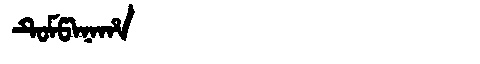
Manchu: ᡨᡠᠮᡦᠠᠨᠠᡥᠠ
Romanization: TUMPANAHA